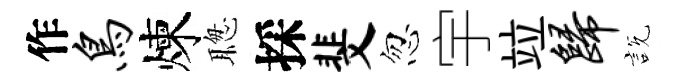
作鸟煉聦採斐忽宇竝归説